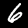
Digit: 6